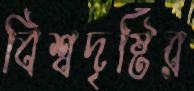
বিশ্বদৃষ্টির